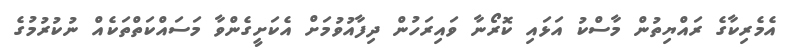
އެމެރިކާގެ ރައްޔިތުން މާސްކު އަޅައި ކޮރޯނާ ވައިރަހުން ދިފާއުވުމަށް އެކަށީގެންވާ މަސައްކަތްތަކެއް ނުކުރުމުގެ